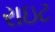
રાઇટ